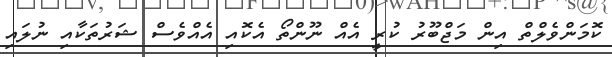
ކޮމަންވެލްތް އިން މަޖްބޫރު ކުރީ އެއް ނޫންތޯ އެކޮއި އެއްވެސް ޝަރުތަކާއި ނުލައި